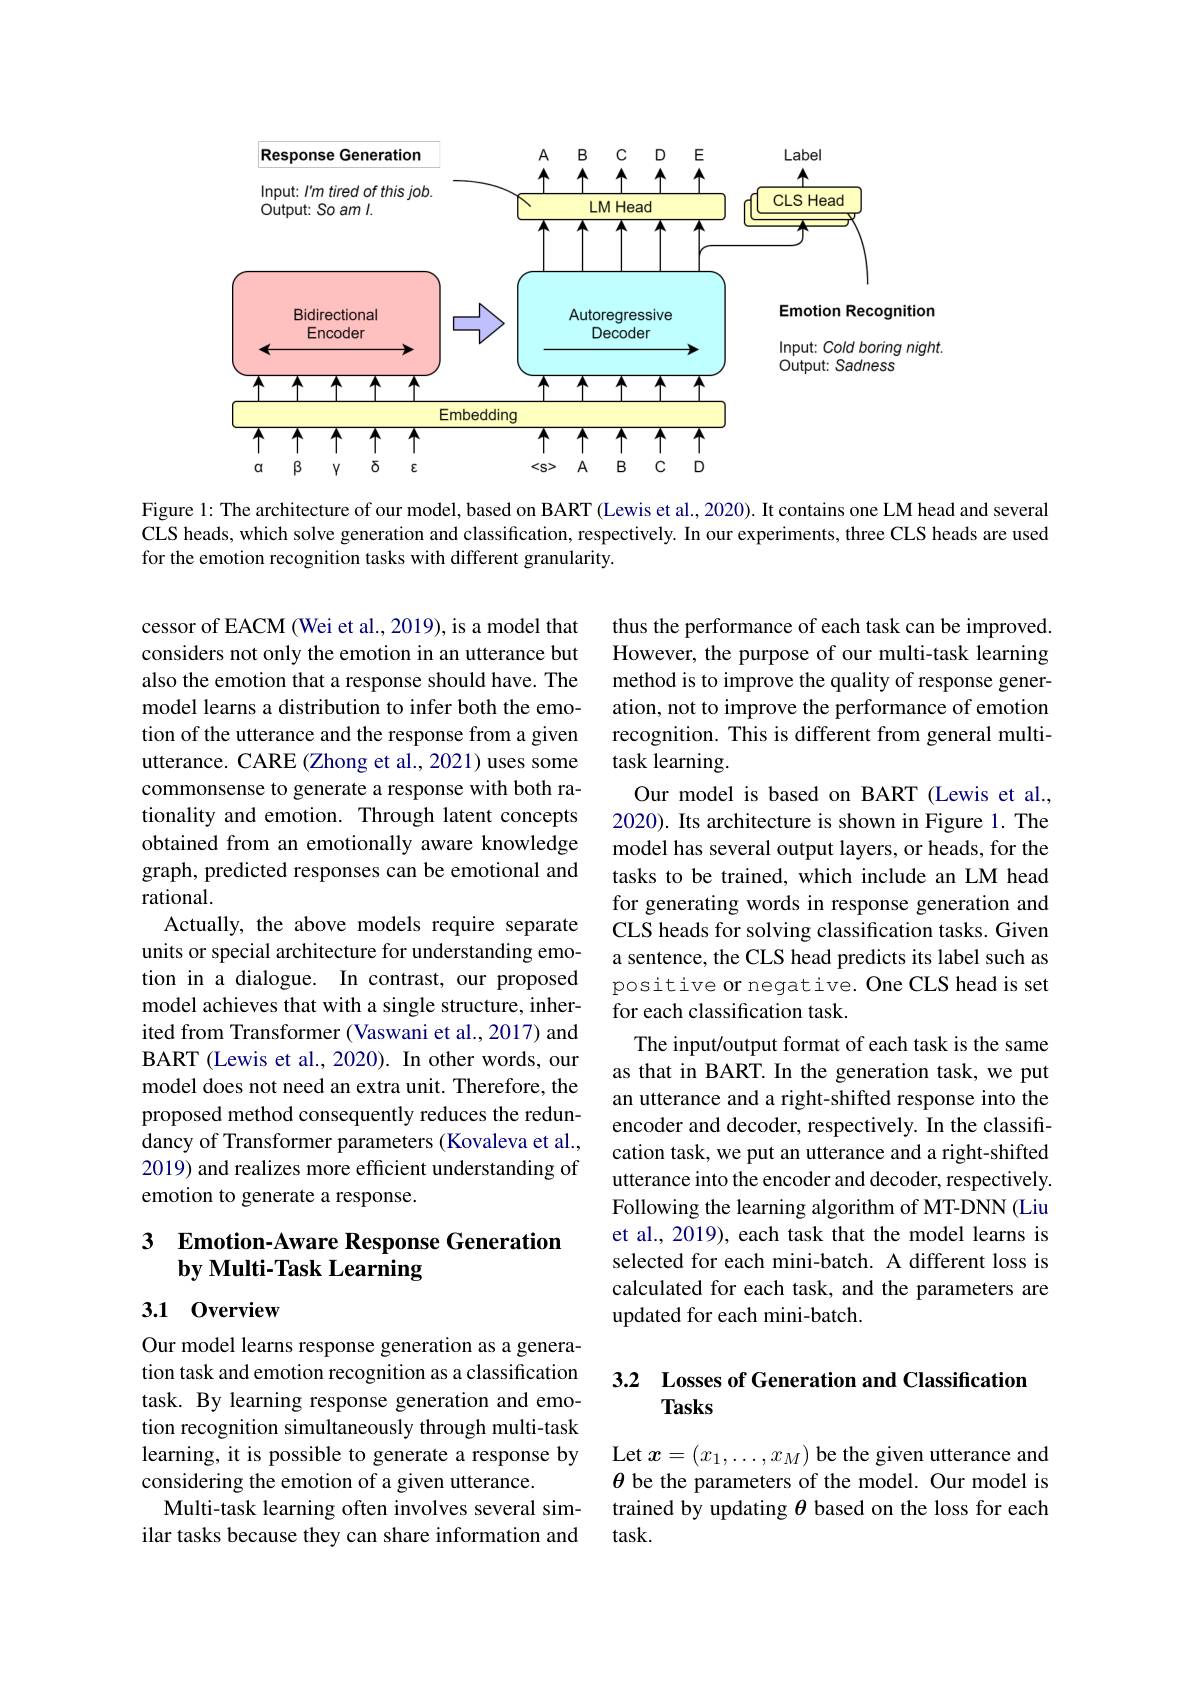
<FigureHere>

Figure 1: The architecture of our model, based on BART (Lewis et al., 2020). It contains one LM head and several CLS heads, which solve generation and classification, respectively. In our experiments, three CLS heads are used for the emotion recognition tasks with different granularity.

cessor of EACM (Wei et al., 2019), is a model that considers not only the emotion in an utterance but also the emotion that a response should have. The model learns a distribution to infer both the emotion of the utterance and the response from a given utterance. CARE (Zhong et al., 2021) uses some commonsense to generate a response with both rationality and emotion. Through latent concepts obtained from an emotionally aware knowledge graph, predicted responses can be emotional and rational.
Actually, the above models require separate units or special architecture for understanding emotion in a dialogue. In contrast, our proposed model achieves that with a single structure, inherited from Transformer (Vaswani et al., 2017) and BART (Lewis et al., 2020). In other words, our model does not need an extra unit. Therefore, the proposed method consequently reduces the redundancy of Transformer parameters (Kovaleva et al., 2019) and realizes more efficient understanding of emotion to generate a response.

thus the performance of each task can be improved. However, the purpose of our multi-task learning method is to improve the quality of response generation, not to improve the performance of emotion recognition. This is different from general multitask learning.
Our model is based on BART (Lewis et al., 2020). Its architecture is shown in Figure 1. The model has several output layers, or heads, for the tasks to be trained, which include an LM head for generating words in response generation and CLS heads for solving classification tasks. Given a sentence, the CLS head predicts its label such as positive or negative. One CLS head is set for each classification task.
The input/output format of each task is the same as that in BART. In the generation task, we put an utterance and a right-shifted response into the encoder and decoder, respectively. In the classification task, we put an utterance and a right-shifted utterance into the encoder and decoder, respectively. Following the learning algorithm of MT-DNN (Liu et al., 2019), each task that the model learns is selected for each mini-batch. A different loss is calculated for each task, and the parameters are updated for each mini-batch.

## 3 Emotion-Aware Response Generation by Multi-Task Learning

3.1 0verview

## 3.2 Losses of Generation and Classification Tasks

Our model learns response generation as a generation task and emotion recognition as a classification task. By learning response generation and emotion recognition simultaneously through multi-task learning, it is possible to generate a response by considering the emotion of a given utterance.
Multi-task learning often involves several similar tasks because they can share information and

Let $x=(x_1,\ldots,x_M)$ be the given utterance and $\theta$ be the parameters of the model. Our model is trained by updating $\theta$ based on the loss for each task.